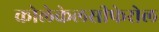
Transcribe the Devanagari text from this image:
कोलेकेलसीफेरोल